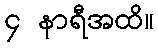
၄ နာရီအထိ။